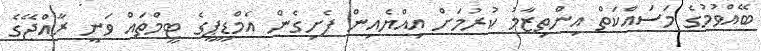
ބޭއްވުމުގެ މަސައްކަތް އިންތިޒާމު ކުރުމަށް އިއްޔެއިން ފެށިގެން އެމްޑީޕީގެ ޓީމްތައް ވަނީ ރާއްޖޭގެ